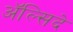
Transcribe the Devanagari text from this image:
अॅल्सिदे